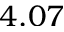
4 . 0 7